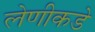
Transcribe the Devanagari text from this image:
लेणीकडे